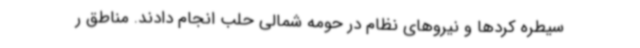
سیطره کردها و نیروهای نظام در حومه شمالی حلب انجام دادند. مناطق ر